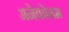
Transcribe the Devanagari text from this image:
अनेकोत्तम